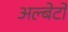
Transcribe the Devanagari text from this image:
अल्बेर्टों